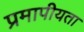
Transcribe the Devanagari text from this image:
प्रमापीयता